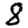
Digit: 8